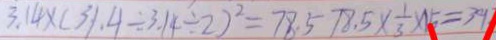
3 . 1 4 \times ( 3 1 . 4 \div 3 . 1 4 \div 2 ) ^ { 2 } = 7 8 . 5 7 8 . 5 \times \frac { 1 } { 3 } \times 1 5 = 3 9